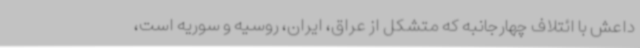
داعش با ائتلاف چهارجانبه که متشکل از عراق، ایران، روسیه و سوریه است،